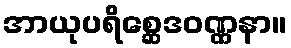
အာယုပရိစ္ဆေဒဝဏ္ဏနာ။